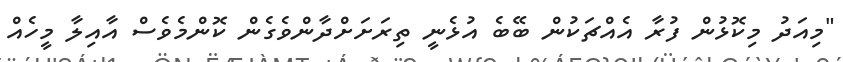
"މިއަދު މިކޮޅުން ފުރާ އެއްޗަކުން ބޭބެ އުޅެނީ ތިރަށަށްދާންވެގެން ކޮންމެވެސް އާއިލާ މީހެއް